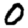
Digit: 0